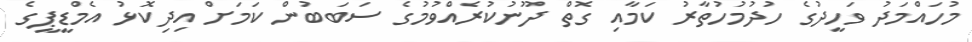
މުހައްމަދު ވަހީދުގެ ހުދުމުހުތާރު ކަމާއި ގޮތް ދޫނުކުރެއްވުމުގެ ސަބަބުން ކަމަށް އިދިކޮޅު އެމްޑީޕީގެ